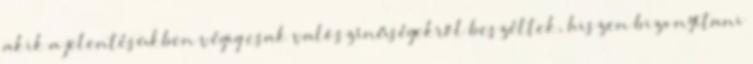
akik a jelentésükben végig csak valószínűségekről beszéltek, hiszen bizonyítani